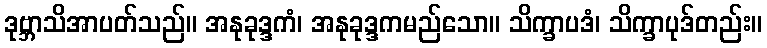
ဒုဗ္ဘာသိအာပတ်သည်။ အနုခုဒ္ဒကံ၊ အနုခုဒ္ဒကမည်သော။ သိက္ခာပဒံ၊ သိက္ခာပုဒ်တည်း။